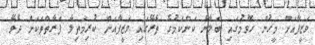
ވަޒީފާއަށް މީހުން ހޮވުމުގައި ބަލާނެ ކަންކަމުގެ ތެރޭގައި ވަޒީފާއަށް ކުރިމަތިލާ ފަރާތްތަކަށް ދެވޭ